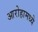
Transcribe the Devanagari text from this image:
आरोहामध्ये